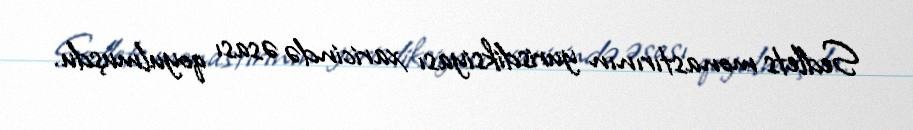
Sedlets monastırının yurisdiksiyası xaricində əsası qoyulmuşdu.